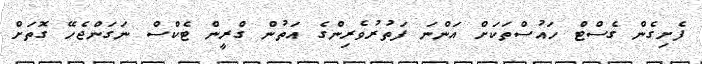
ފެށިގެން ގެސްޓް ހައުސްތަކަށް އަންނަ ފަތުރުވެރިންގެ އަތުން ގްރީން ޓެކްސް ނަގަންޖެހޭ ގޮތަށް